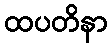
ထပတိနာ